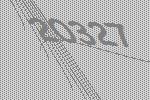
20327